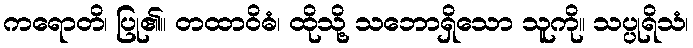
ကရောတိ၊ ပြု၏။ တထာဝိဓံ၊ ထိုသို့ သဘောရှိသော သူကို။ သပ္ပုရိသံ၊